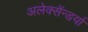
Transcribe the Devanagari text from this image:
अलेक्सेंन्डर्या